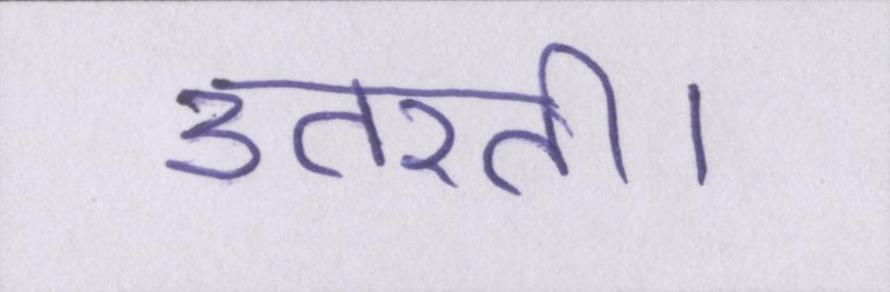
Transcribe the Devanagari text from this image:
उतरती।